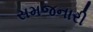
સમજનારી